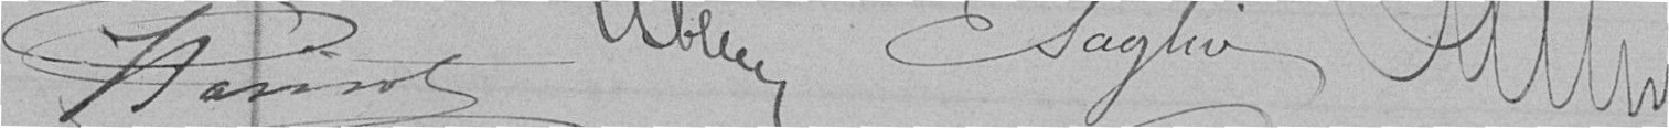
Parisot Saglier